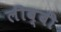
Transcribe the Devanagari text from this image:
लीब्बी